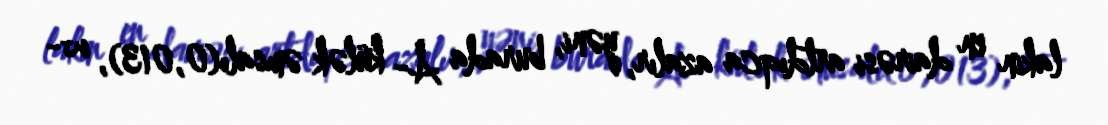
lakin en dairəsi artdıqca azalır, yəni, burada A- külək əmsalı(0,013), w-